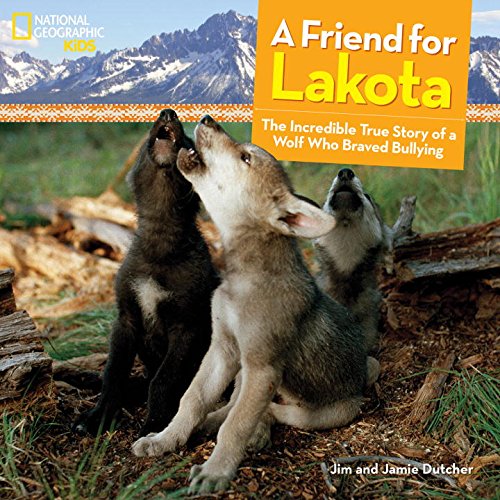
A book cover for A Friend for Lakota: The Incredible True Story of a Wolf Who Braved Bullying (National Geographic Kids); Jim Dutcher; Children's Books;